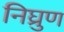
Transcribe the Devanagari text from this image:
निघ्रुण